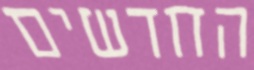
החדשים